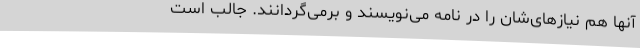
آنها هم نیازهای‌شان را در نامه می‌نویسند و برمی‌گردانند. جالب است